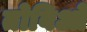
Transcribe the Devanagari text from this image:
तोबिओ